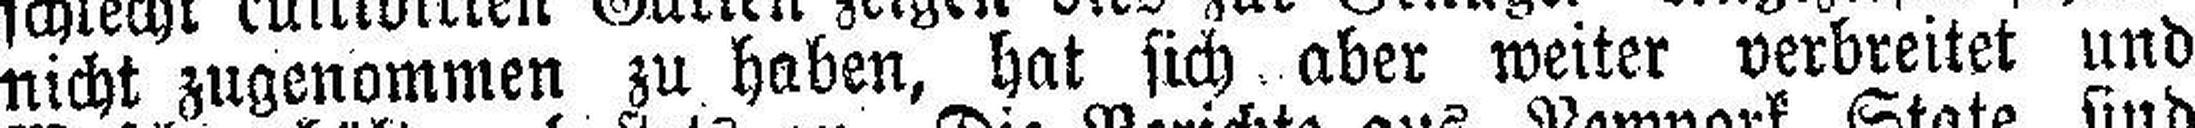
nicht zugenommen zu haben, hat sich aber weiter verbreitet und